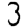
Digit: 3